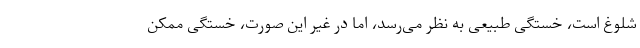
شلوغ است، خستگی طبیعی به نظر می‌رسد، اما در غیر این صورت، خستگی ممکن